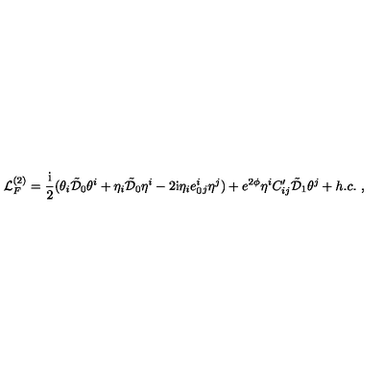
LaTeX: { \cal L } _ { F } ^ { ( 2 ) } = \frac { \mathrm { i } } { 2 } ( \theta _ { i } \tilde { { \cal D } } _ { 0 } \theta ^ { i } + \eta _ { i } \tilde { { \cal D } } _ { 0 } \eta ^ { i } - 2 \mathrm { i } \eta _ { i } e _ { 0 } ^ { i } { } _ { j } \eta ^ { j } ) + e ^ { 2 \phi } \eta ^ { i } C _ { i j } ^ { \prime } \tilde { { \cal D } } _ { 1 } \theta ^ { j } + h . c . \ ,